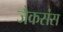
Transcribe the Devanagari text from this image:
जैकसंस